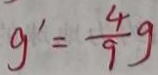
g ^ { \prime } = \frac { 4 } { 9 } g